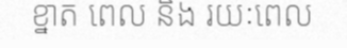
ខ្នាត ពេល និង រយៈពេល